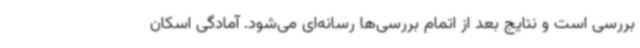
بررسی است و نتایج بعد از اتمام بررسی‌ها رسانه‌ای می‌شود. آمادگی اسکان